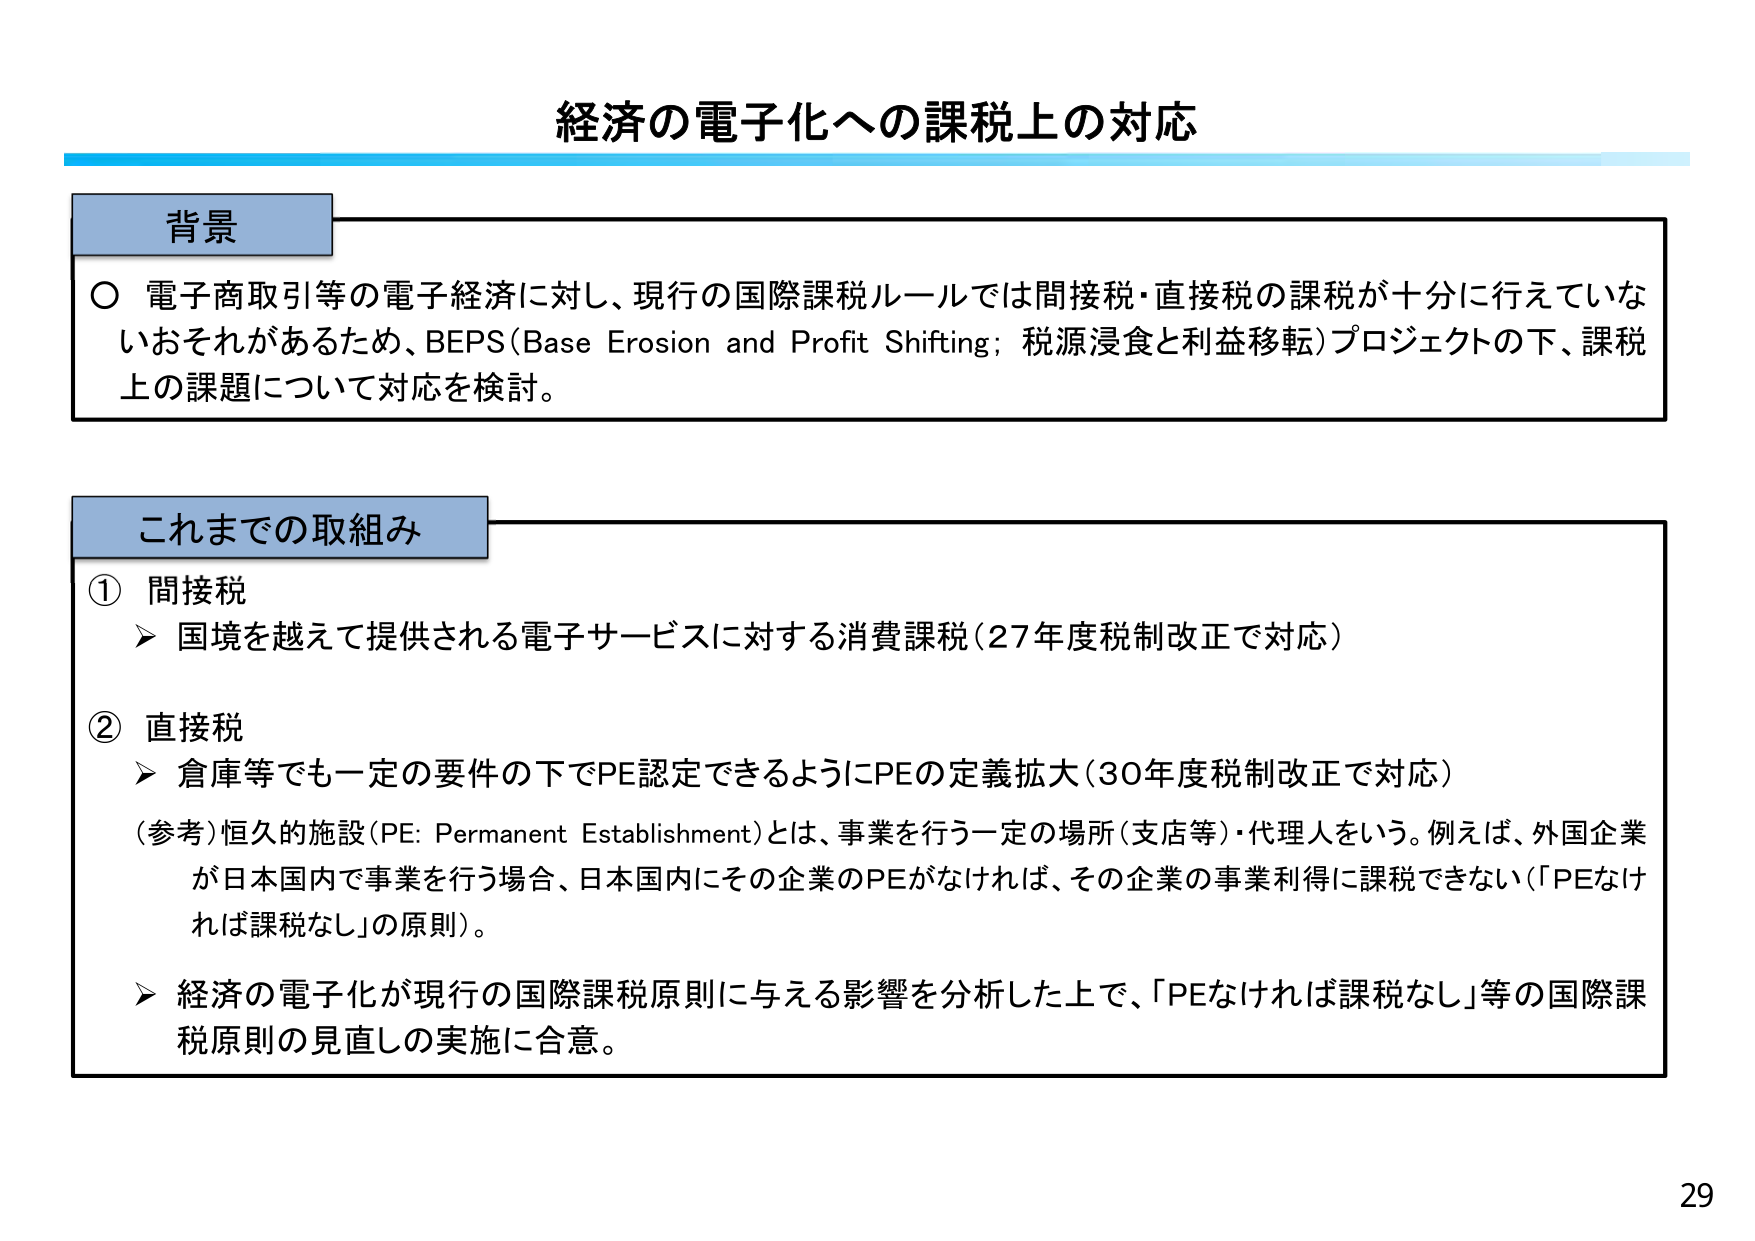
経済の電子化への課税上の対応

背景
○ 電子商取引等の電子経済に対し、現行の国際課税ルールでは間接税・直接税の課税が十分に行えていないおそれがあるため、BEPS（Base Erosion and Profit Shifting；税源浸食と利益移転）プロジェクトの下、課税上の課題について対応を検討。

これまでの取組み
① 間接税
　➤ 国境を越えて提供される電子サービスに対する消費課税（27年度税制改正で対応）

② 直接税
　➤ 倉庫等でも一定の要件の下でPE認定できるようにPEの定義拡大（30年度税制改正で対応）
　（参考）恒久的施設（PE: Permanent Establishment）とは、事業を行う一定の場所（支店等）・代理人をいう。例えば、外国企業が日本国内で事業を行う場合、日本国内にその企業のPEがなければ、その企業の事業利得に課税できない（「PEなければ課税なし」の原則）。
　➤ 経済の電子化が現行の国際課税原則に与える影響を分析した上で、「PEなければ課税なし」等の国際課税原則の見直しの実施に合意。

29